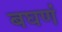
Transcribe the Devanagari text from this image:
बघणं